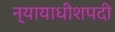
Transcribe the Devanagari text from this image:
न्यायाधीशपदी